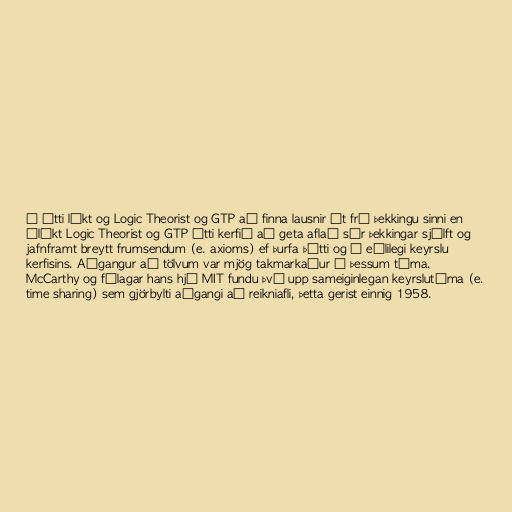
ð átti líkt og Logic Theorist og GTP að finna lausnir út frá þekkingu sinni en
ólíkt Logic Theorist og GTP átti kerfið að geta aflað sér þekkingar sjálft og
jafnframt breytt frumsendum (e. axioms) ef þurfa þótti og í eðlilegi keyrslu
kerfisins. Aðgangur að tölvum var mjög takmarkaður á þessum tíma.
McCarthy og félagar hans hjá MIT fundu því upp sameiginlegan keyrslutíma (e.
time sharing) sem gjörbylti aðgangi að reikniafli, þetta gerist einnig 1958.